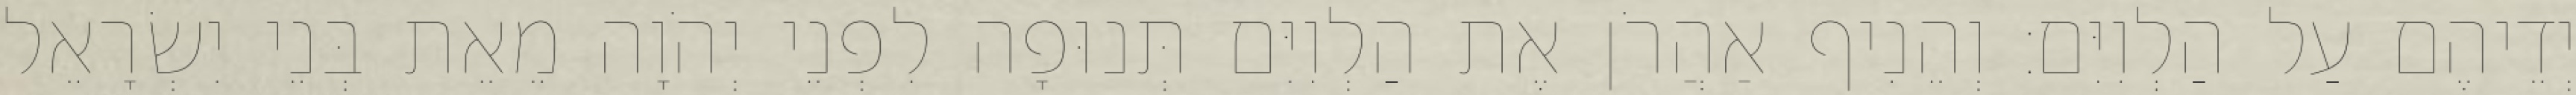
יְדֵיהֶם עַל הַלְוִיִּם׃ וְהֵנִיף אַהֲרֹן אֶת הַלְוִיִּם תְּנוּפָה לִפְנֵי יְהֹוָה מֵאֵת בְּנֵי יִשְׂרָאֵל